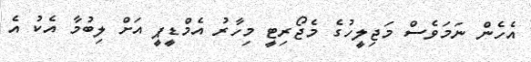
އެހެން ނަމަވެސް މަޖިލީހުގެ މެޖޯރިޓީ މިހާރު އެމްޑީޕީ އަށް ލިބުމާ އެކު އެ